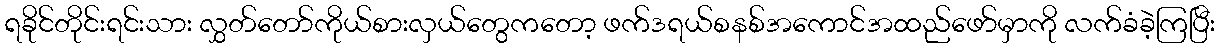
ရခိုင်တိုင်းရင်းသား လွှတ်တော်ကိုယ်စားလှယ်တွေကတော့ ဖက်ဒရယ်စနစ်အကောင်အထည်ဖော်မှာကို လက်ခံခဲ့ကြပြီး